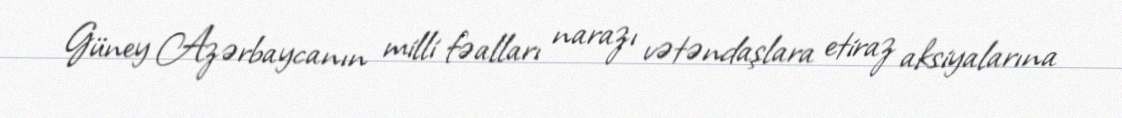
Güney Azərbaycanın milli fəalları narazı vətəndaşlara etiraz aksiyalarına